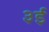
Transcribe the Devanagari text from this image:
३ई